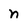
Character: n